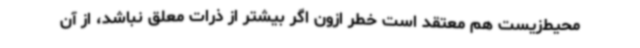
محیط‌زیست هم معتقد است خطر ازون اگر بیشتر از ذرات معلق نباشد، از آن